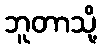
ဘူတာသို့